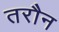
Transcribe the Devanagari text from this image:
तरौन